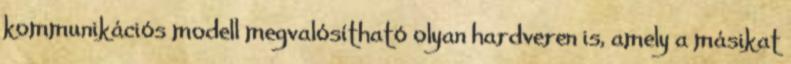
kommunikációs modell megvalósítható olyan hardveren is, amely a másikat